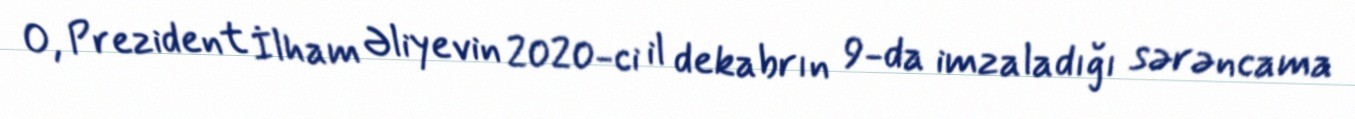
O, Prezident İlham Əliyevin 2020-ci il dekabrın 9-da imzaladığı sərəncama